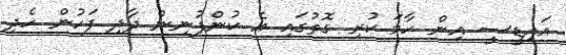
އައިޑީސީ އިން ހާމަ ކުރި ގޮތުގައި އެ ކުންފުނިން ދާދި ފަހުން ހެދި